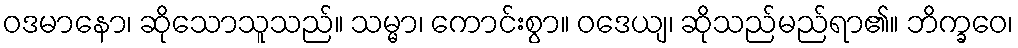
ဝဒမာနော၊ ဆိုသောသူသည်။ သမ္မာ၊ ကောင်းစွာ။ ဝဒေယျ၊ ဆိုသည်မည်ရာ၏။ ဘိက္ခဝေ၊